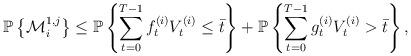
LaTeX: \begin{align*}\mathbb{P}\left\{\mathcal{M}_i^{1, j}\right\}\leq \mathbb{P}\left\{\sum_{t=0}^{T-1} f^{(i)}_t V^{(i)}_t \leq \bar{t}\right\}+\mathbb{P}\left\{\sum_{t=0}^{T-1}g^{(i)}_t V^{(i)}_t > \bar{t} \right\},\end{align*}